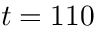
t = 1 1 0